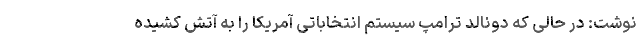
نوشت: در حالی که دونالد ترامپ سیستم انتخاباتی آمریکا را به آتش کشیده